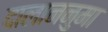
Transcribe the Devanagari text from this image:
दालाननुमा